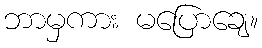
ဘာမှကား မပြောချေ။